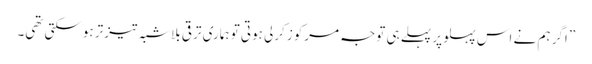
” اگر ہم نے اس پہلو پر پہلے ہی توجہ مرکوز کرلی ہوتی تو ہماری ترقی بلاشبہ تیزتر ہوسکتی تھی۔